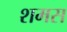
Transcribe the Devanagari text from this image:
शमस